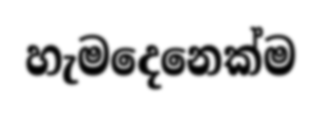
හැමදෙනෙක්ම